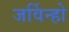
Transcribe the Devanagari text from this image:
जर्विन्हो